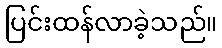
ပြင်းထန်လာခဲ့သည်။